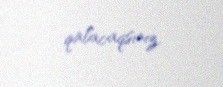
qalacaqsınız.